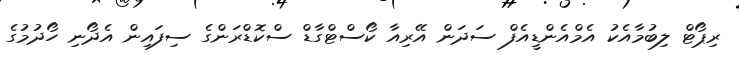
ރިޕޯޓް ލިބުމާއެކު އެމްއެންޑީއެފް ސަދަން އޭރިއާ ކޯސްޓްގާޑް ސްކޮޑްރަންގެ ސިފައިން އެދޯނި ހޯދުމުގެ